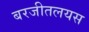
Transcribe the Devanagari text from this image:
बरजीतलयस